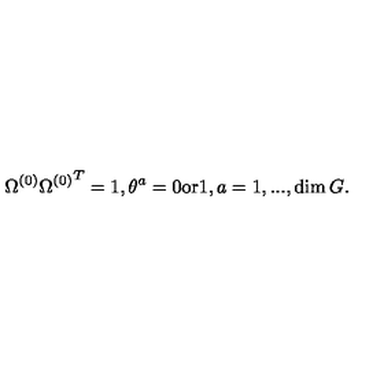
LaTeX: \Omega ^ { ( 0 ) } { \Omega ^ { ( 0 ) } } ^ { T } = 1 , \theta ^ { a } = 0 \mathrm { o r } 1 , a = 1 , . . . , \dim G .